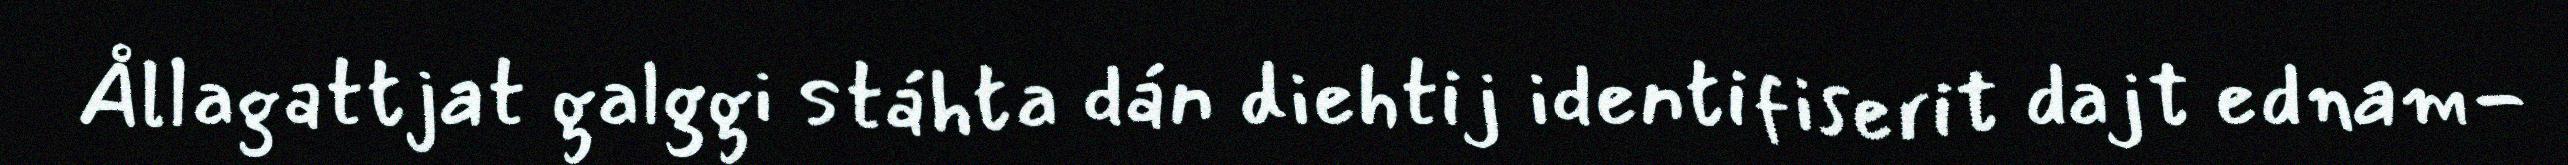
Ållagattjat galggi stáhta dán diehtij identifiserit dajt ednam-